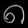
Digit: ၈